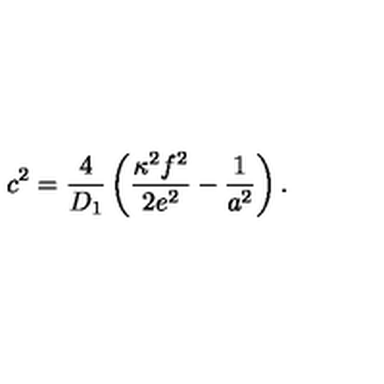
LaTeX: c ^ { 2 } = \frac { 4 } { D _ { 1 } } \left( \frac { \kappa ^ { 2 } f ^ { 2 } } { 2 e ^ { 2 } } - \frac { 1 } { a ^ { 2 } } \right) .